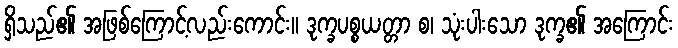
ရှိသည်၏ အဖြစ်ကြောင့်လည်းကောင်း။ ဒုက္ခပစ္စယတ္တာ စ၊ သုံးပါးသော ဒုက္ခ၏ အကြောင်း